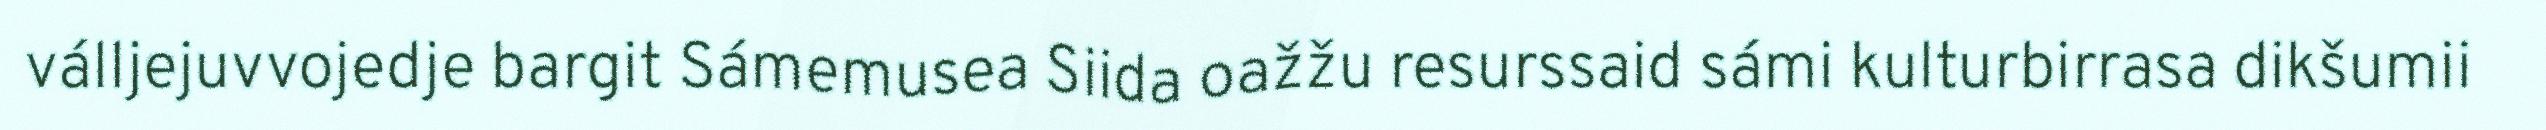
válljejuvvojedje bargit Sámemusea Siida oažžu resurssaid sámi kulturbirrasa dikšumii